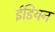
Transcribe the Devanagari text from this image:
ईडियन